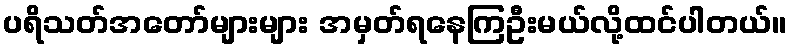
ပရိသတ်အတော်များများ အမှတ်ရနေကြဦးမယ်လို့ထင်ပါတယ်။